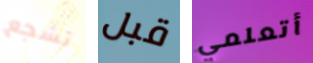
تشجع قبل أتعلمي